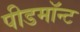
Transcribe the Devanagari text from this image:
पीडमॉन्ट